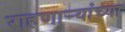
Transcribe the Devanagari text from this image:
राहणार्‍यांच्या